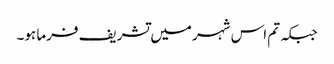
جبکہ تم اس شہر میں تشریف فرما ہو۔